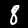
Digit: 8